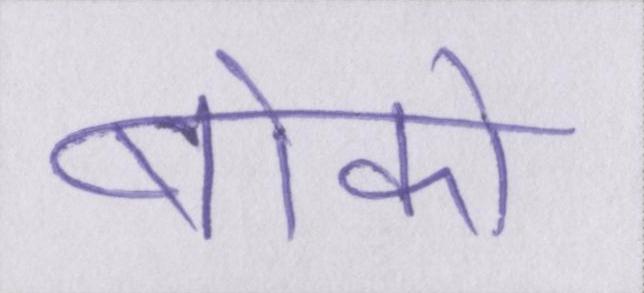
बोको